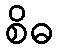
စိဓ